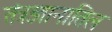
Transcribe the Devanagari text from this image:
तंत्रज्ञानातिल